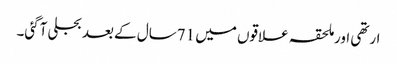
ارتھی اورملحقہ علاقوں میں 71سال کے بعد بجلی آگئی۔